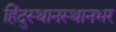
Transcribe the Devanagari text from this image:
हिंदुस्थानस्थानभर